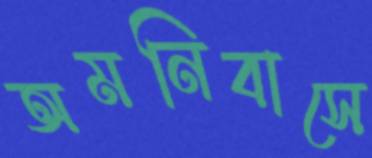
অমনিবাসে